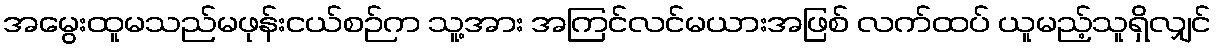
အမွေးထူမသည်မဖုန်းငယ်စဉ်က သူ့အား အကြင်လင်မယားအဖြစ် လက်ထပ် ယူမည့်သူရှိလျှင်